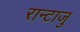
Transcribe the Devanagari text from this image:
रान्टाजु